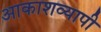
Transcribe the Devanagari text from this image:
आकाशव्यापी